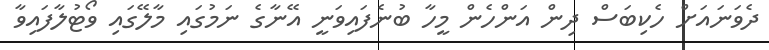
ދެވަނައަށް ހެކިބަސް ދިން އަންހެން މީހާ ބުނެފައިވަނީ އޭނާގެ ނަމުގައި މާލޭގައި ވޯޓުލާފައިވާ